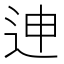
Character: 迧